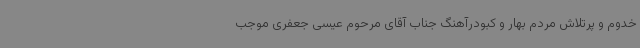
خدوم و پرتلاش مردم بهار و کبودرآهنگ جناب آقای مرحوم عیسی جعفری موجب